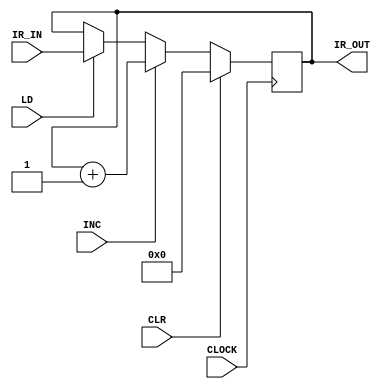
`timescale 1ns / 1ps
//////////////////////////////////////////////////////////////////////////////////
// Company: 
// Engineer: 
// 
// Design Name: 
// Module Name: IR_Design
// Project Name: 
// Target Devices: 
// Tool Versions: 
// Description: 
// 
// Dependencies: 
// 
// Revision:
// Revision 0.01 - File Created
// Additional Comments:
// 
//////////////////////////////////////////////////////////////////////////////////


module IR_Design(



    input LD,
    input CLR,
    input INC,
    input CLOCK,
    input [15:0] IR_IN,
    output reg [15:0] IR_OUT
    );
             initial IR_OUT = 0;       

always @(posedge CLOCK)
        
            if(CLR)begin
            IR_OUT <=16'b0;
            end else if(INC)begin
            IR_OUT <= IR_OUT +1;
            end else if(LD)begin
            IR_OUT <=IR_IN;
            end
            
endmodule